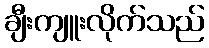
ချီးကျူးလိုက်သည်